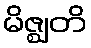
မိဇ္ဈတိ